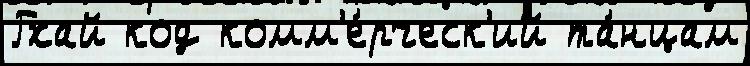
Гхай код комм'е́рческ'ий та́нцам